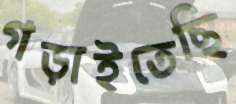
গড়াইতেছি